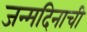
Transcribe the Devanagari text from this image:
जन्मदिनाची